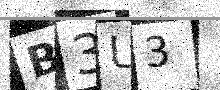
Text: B3U3